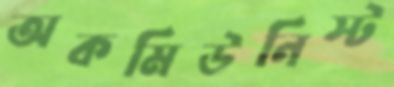
অকমিউনিস্ট